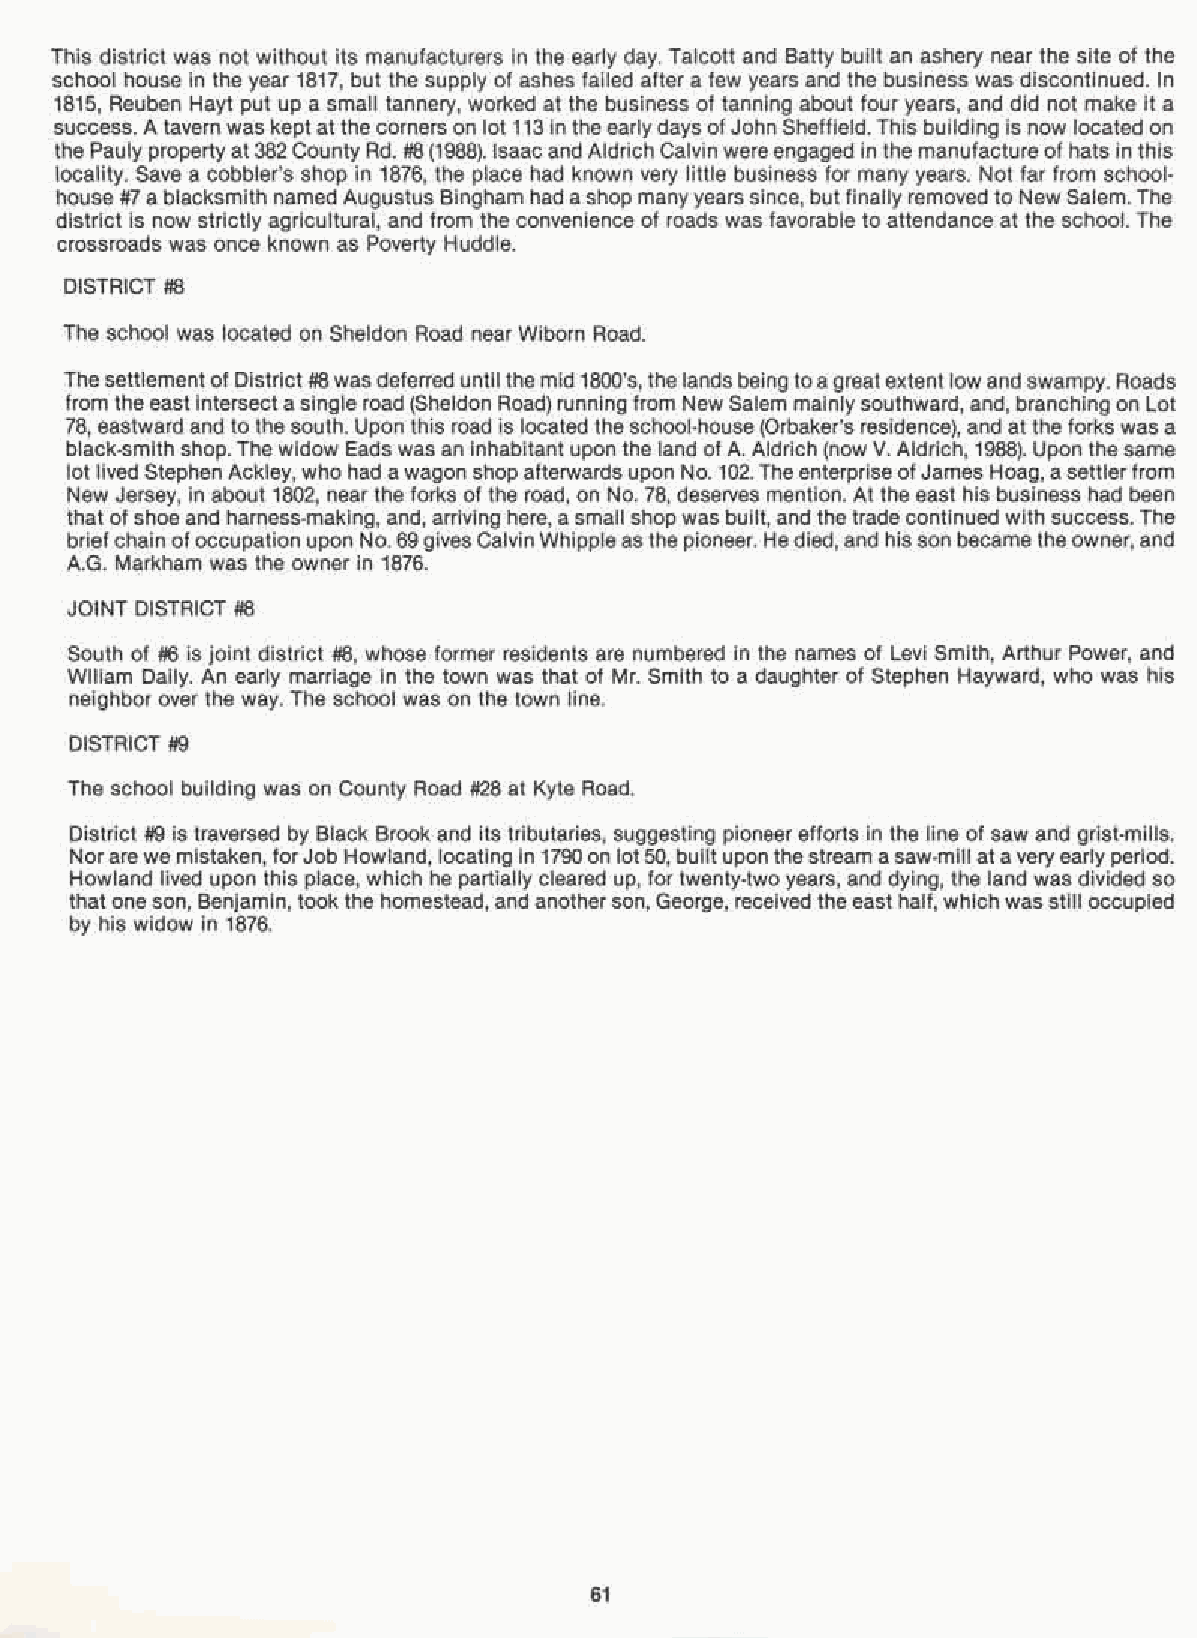
This district was not without its manufacturers in the early day. Talcott and Batty built an ashery near the site of the
 school house in the year 1817, but the supply of ashes failed after a few years and the business was discontinued. In
 1815, Reuben Hayt put up a small tannery, worked at the business of tanning about four years, and did not make it a
 success. A tavern was kept at the corners on lot 113 in the earlydays of John Sheffield. This building is now located on
 the Pauly property at382 County Rd. #8(1988). Isaac and Aldrich Calvin wereengaged in the manufacture of hats in this
 locality. Save a cobbler's shop in 1876, the place had known very little business for many years. Not far from school­
 house #7 a blacksmith named Augustus Bingham had ashop manyyearssince, but finally removed to New Salem. The
 district is now strictly agricultural, and from the convenience of roads was favorable to attendance at the school. The
 crossroads was once known as Poverty Huddle.
 DISTRICT #8
 The school was located on Sheldon Road near Wiborn Road.
 Thesettlement of District #8was deferred until the mid 1800's, the lands being toagreatextent low and swampy. Roads
 from the east intersect a single road (Sheldon Road) running from New Salem mainlysouthward, and, branching on Lot
 78, eastward and to the south. Upon this road is located the school-house (Orbaker's residence), and at the forks was a
 black-smith shop. The widow Eads was an inhabitant upon the land of A. Aldrich (now V. Aldrich, 1988). Upon the same
 lot lived Stephen Ackley, who had awagon shop afterwards upon No. 102.The enterpriseofJames Hoag, a settlerfrom
 New Jersey, in about 1802, near the forks of the road, on No. 78, deserves mention. At the east his business had been
 that of shoe and harness-making, and, arriving here, a small shop was built, and the trade continued with success. The
 brief chain of occupation upon No. 69givesCalvinWhipple as the pioneer. He died, and his son becametheowner, and
 A.G. Markham was the owner in 1876.
 JOINT DISTRICT #8
 South of #6 is joint district #8, whose former residents are numbered in the names of Levi Smith, Arthur Power, and
 Wlliam Daily. An early marriage in the town was that of Mr. Smith to a daughter of Stephen Hayward, who was his
 neighbor over the way. The school was on the town line.
 DISTRICT #9
 The school building was on County Road #28 at Kyte Road.
 District #9 is traversed by Black Brook and its tributaries, suggesting pioneer efforts in the line of saw and grist-mills.
 Norarewe mistaken, forJob Howland, locating in 1790on lot 50, built upon thestream asaw-mill atavery early period.
 Howland lived upon this place, which he partially cleared up, for twenty-two years, and dying, the land was divided so
 that one son, Benjamin, took the homestead, and anotherson, George, received the east half, which was still occupied
 by his widow in 1876.
 61